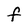
Character: F